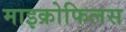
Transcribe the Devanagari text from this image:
माइक्रोफिलस